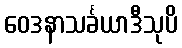
ဝေဒနာသင်္ခယာဒီသုပိ